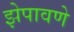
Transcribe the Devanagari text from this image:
झेपावणे